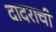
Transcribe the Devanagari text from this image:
दादराची